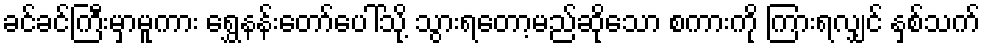
ခင်ခင်ကြီးမှာမူကား ရွှေနန်းတော်ပေါ်သို့ သွားရတော့မည်ဆိုသော စကားကို ကြားရလျှင် နှစ်သက်